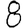
Digit: 8